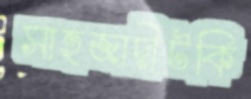
সাহজাদীটকি